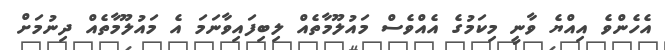
އެހެންވެ އިއްޔެ ވާނީ މިކަމުގެ އެއްވެސް މައުލޫމާތެއް ލިބިފައިވާނަމަ އެ މައުލޫމާތެއް ދިނުމަށް